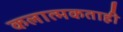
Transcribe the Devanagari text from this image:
कलात्मकताही